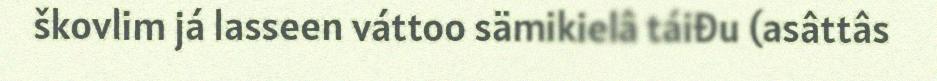
škovlim já lasseen váttoo sämikielâ táiđu (asâttâs